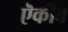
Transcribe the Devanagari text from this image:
ऎकीव